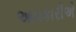
આવકારીએ